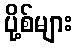
ပို့စ်များ